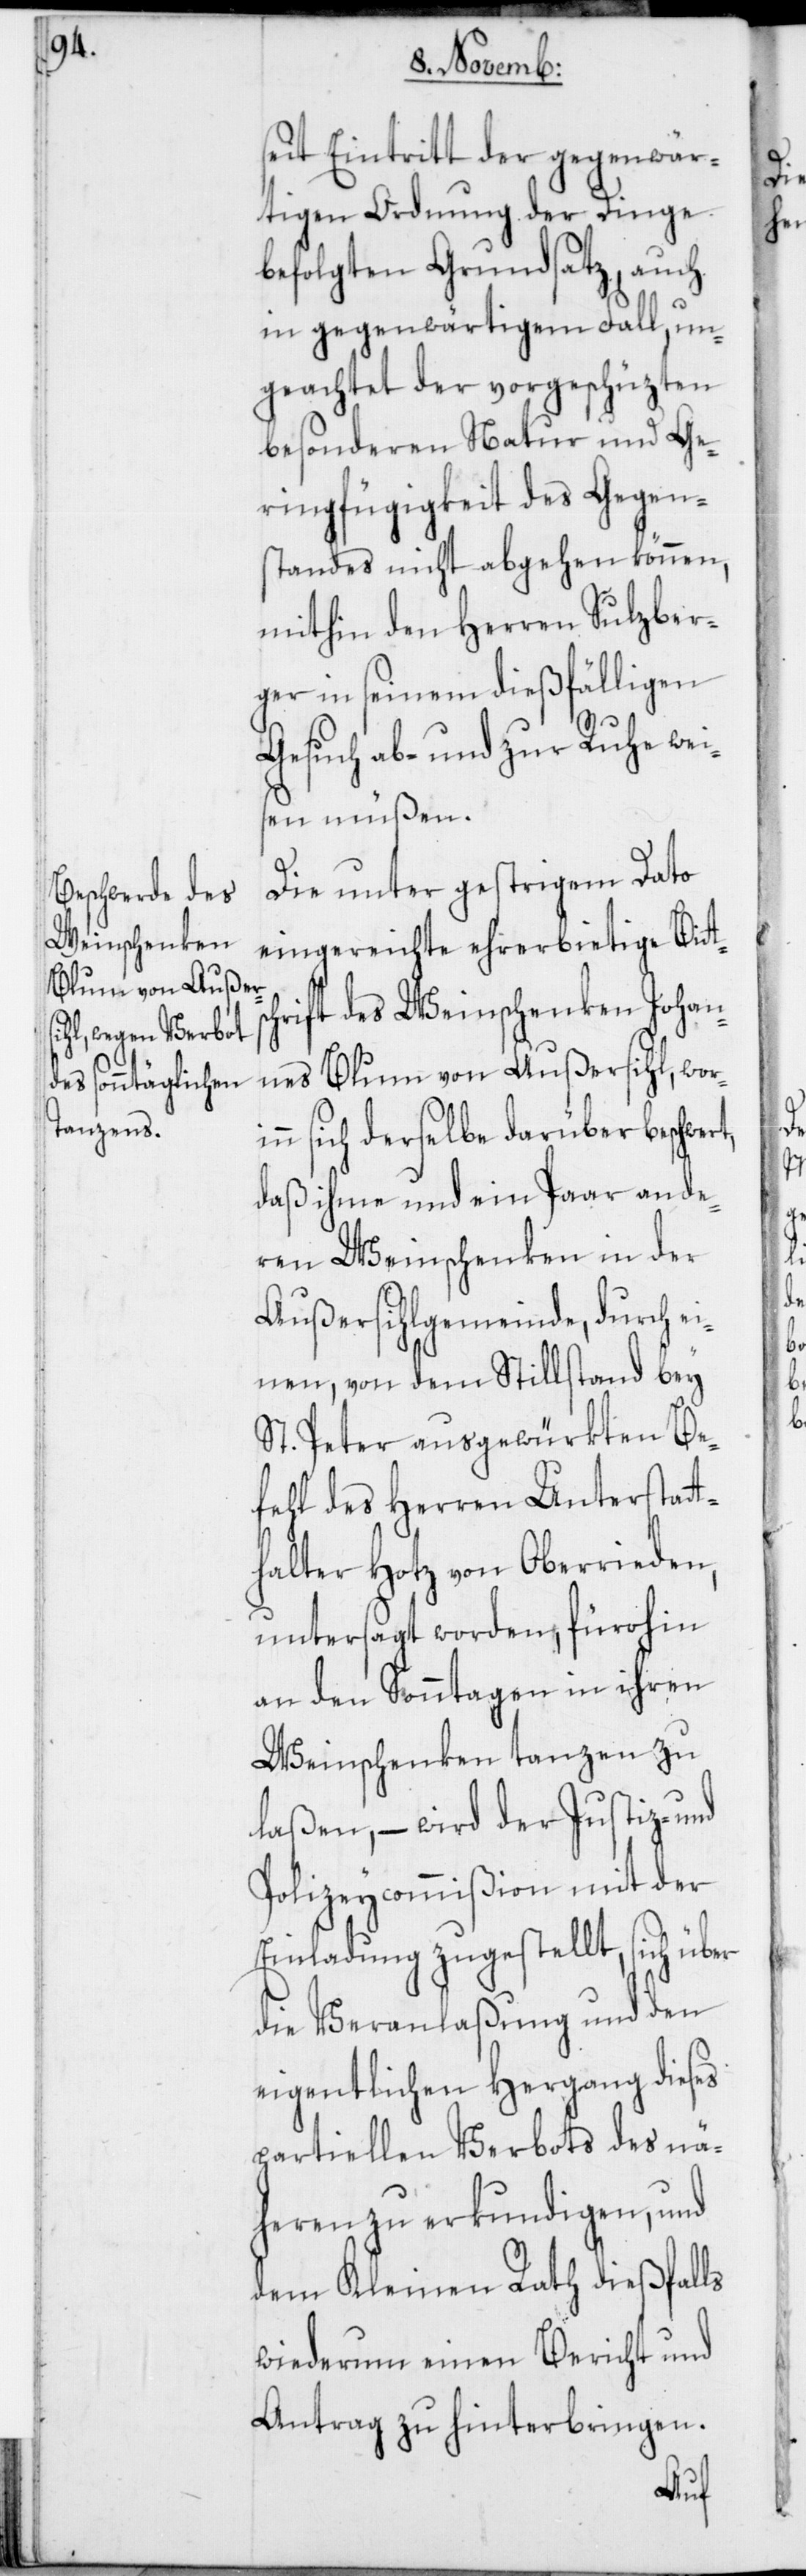
seit Eintritt der gegenwär¬
tigen Ordnung der Dinge
befolgten Grundsatz, auch
in gegenwärtigem Fall, un¬
geachtet der vorgeschüzten
besonderen Natur und Ge¬
ringfügigkeit des Gegen¬
standes nicht abgehen können,
mithin den Herren Sulzber¬
ger in seinem dießfälligen
Gesuch ab- und zur Ruhe wei¬
sen müßen.
Die unter gestrigem Dato
eingereichte ehrerbietige Bit¬
rift des Weinschenken Johan¬
nes Blum von Außersihl, wori¬
nn sich derselbe darüber beschwer¬
daß ihme und ein Paar ande¬
ren Weinschenken in der
Außersihlgemeinde, durch ei¬
nen, von dem Stillstand bey
St. Peter ausgewürkten Be¬
fehl des Herren Unterstat¬
thalter Hotz von Oberrieden,
untersagt worden, fürohin
an den Sonntagen in ihren
Weinschenken tanzen zu
laßen, – wird der Justiz- und
Polizeycommißion mit der
Einladung zugestellt, sich über
die Veranlaßung und den
eigentlichen Hergang dieses
partiellen Verbots des nä¬
heren zu erkundigen, und
dem Kleinen Rath dießfalls
wiederum einen Bericht und
Antrag zu hinterbringen.
tsch¬

t,